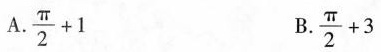
A.$$\frac { π } { 2 } + 1$$ B.$$\frac { π } { 2 } + 3$$